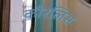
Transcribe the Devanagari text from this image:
कौरलिस